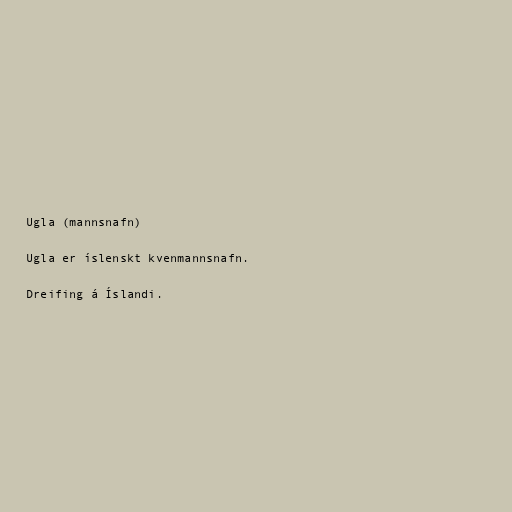
Ugla (mannsnafn)

Ugla er íslenskt kvenmannsnafn.

Dreifing á Íslandi.